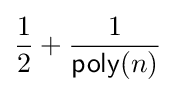
{\frac {1}{2}}+{\frac {1}{{\mathsf {poly}}(n)}}